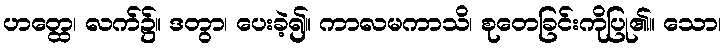
ဟတ္ထေ၊ လက်၌။ ဒတွာ၊ ပေးခဲ့၍။ ကာလမကာသိ၊ စုတေခြင်းကိုပြု၏။ သော၊